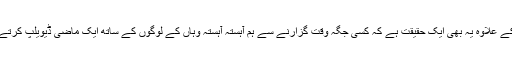
اس کے علاوہ یہ بھی ایک حقیقت ہے کہ کسی جگہ وقت گزارنے سے ہم آہستہ آہستہ وہاں کے لوگوں کے ساتھ ایک ماضی ڈیویلپ کرتے ہیں۔